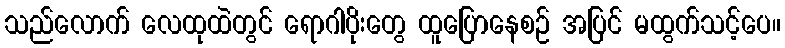
သည်လောက် လေထုထဲတွင် ရောဂါပိုးတွေ ထူပြောနေစဉ် အပြင် မထွက်သင့်ပေ။